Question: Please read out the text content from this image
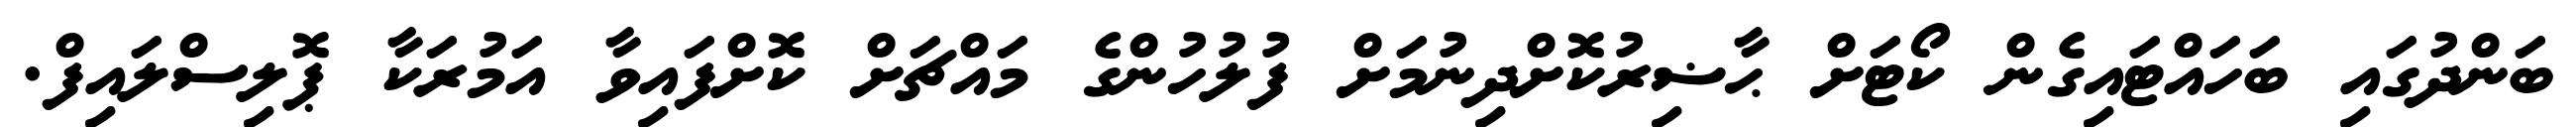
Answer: ބަންދުގައި ބަހައްޓައިގެން ކޯޓަށް ޙާޟިރުކޮށްދިނުމަށް ފުލުހުންގެ މައްޗަށް ކޮށްފައިވާ އަމުރަކާ ޕޮލިސްލައިފް.